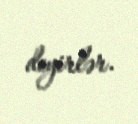
deyirlər.